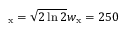
_ \mathrm { x } = \sqrt { 2 \ln 2 } w _ { \mathrm { x } } = 2 5 0